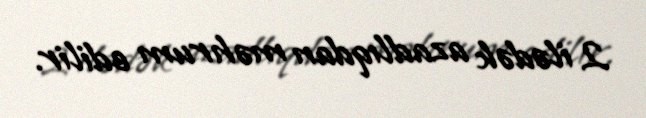
2 ilədək azadlıqdan məhrum edilir.